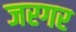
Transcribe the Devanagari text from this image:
जरगर